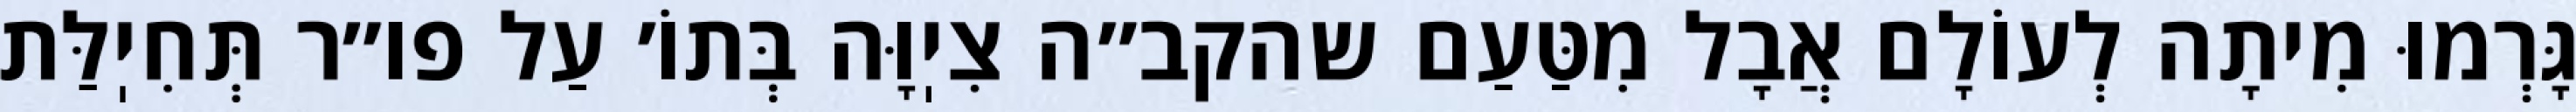
גָּרְמוּ מִיתָה לְעוֹלָם אֲבָל מִטַּעַם שהקב״ה צִיֽוָּה בְּתוֹ׳ עַל פו״ר תְּחִיֽלַּת